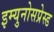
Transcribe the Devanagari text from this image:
इम्युनोसप्रेस्ड